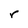
Character: r